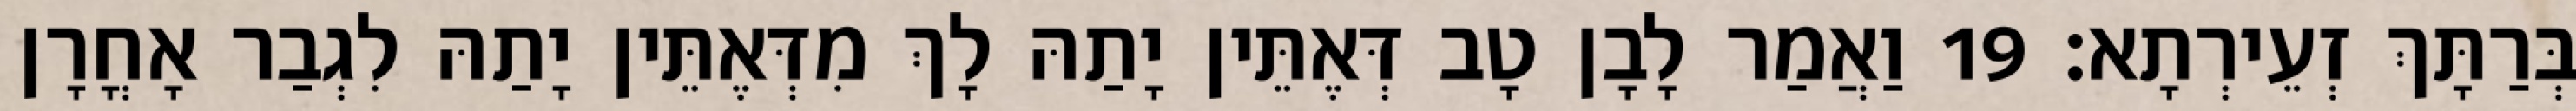
בְּרַתָּךְ זְעֵירְתָא׃ 19 וַאֲמַר לָבָן טָב דְּאֶתֵּין יָתַהּ לָךְ מִדְּאֶתֵּין יָתַהּ לִגְבַר אָחֳרָן